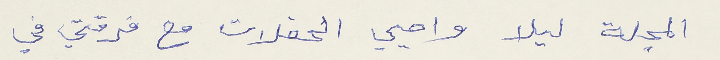
المجلة ليلا واحيي الحفلات مع فرقتي في